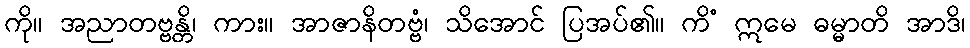
ကို။ အညာတဗ္ဗန္တိ၊ ကား။ အာဇာနိတဗ္ဗံ၊ သိအောင် ပြအပ်၏။ ကိံ ဣမေ ဓမ္မာတိ အာဒိ၊